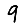
Digit: 9